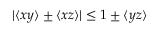
| \langle x y \rangle \pm \langle x z \rangle | \le 1 \pm \langle y z \rangle